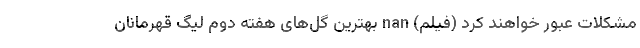
مشکلات عبور خواهند کرد (فیلم) nan بهترین گل‌های هفته دوم لیگ قهرمانان